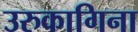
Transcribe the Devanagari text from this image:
उरुकागिना